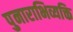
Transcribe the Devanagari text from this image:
पुनाराभिव्यक्ति